system: You are a helpful assistant.
user:
Analyze the provided spectrum to determine if it is a **Carbon Star (C-type)**.

- **Key Visual Indicators of Carbon Star:**
    - **(Primary):** Strong molecular absorption from **C₂ (diatomic carbon) "Swan Bands."** This is the **defining feature** of a carbon star.
        - **(Key Bandheads):** Sharp absorption edges are visible at approximately $5635$ Å, $5165$ Å (the strongest band), and $4737$ Å.
        - **(Line Profile):** Creates a distinct **"saw-tooth"** pattern. The key morphology is a sharp, steep bandhead on the **red (long-wavelength) side**, which then gradually tapers off (i.e., flux recovers) towards the **blue (short-wavelength) side**. *(This is the direct opposite of the TiO bands seen in M-type stars)*.

    - **(Secondary):** Intense **CN (cyanogen)** molecular absorption bands.
        - **(Key Bandheads):** Located in the blue and violet regions of the spectrum (e.g., near $4215$ Å and $3883$ Å).
        - **(Morphology):** These bands are extremely broad and act as a "blanket," absorbing the vast majority of blue and violet light. This creates a characteristic **"cliff"** or **"steep drop-off"** in the spectrum's flux at short wavelengths.

    - **(Key Confirmation):** Strong **CH absorption band (G-band)**.
        - **(Key Bandhead):** Located around $4300$ Å. The contribution from CH molecules to this band is exceptionally strong.

    - **(Overall Spectrum):**
        - The continuum is severely "chopped up" by these deep molecular bands, especially C₂, rather than appearing as a smooth curve.
        - Due to the heavy CN and C₂ absorption in the blue-green, the vast majority of the star's flux is concentrated in the red part of the spectrum, giving the star its characteristic deep red color.

Think first, call **spectral_visualization_tool** if needed to examine features in detail, then provide your final answer. Your response must adhere to the following strict rules:
1.  **Overall Structure:** Your response must follow the format `<think>...</think> <tool_call>...</tool_call> (if a tool is used) <answer>...</answer>`.
2.  **Tool Usage Constraint:** You may only make **one** tool call per turn.
3.  **Final Answer Format:** In the `<answer>` tag, your conclusion must be inside a `\boxed{}` command (e.g., `\boxed{YES}`), followed by your justification.

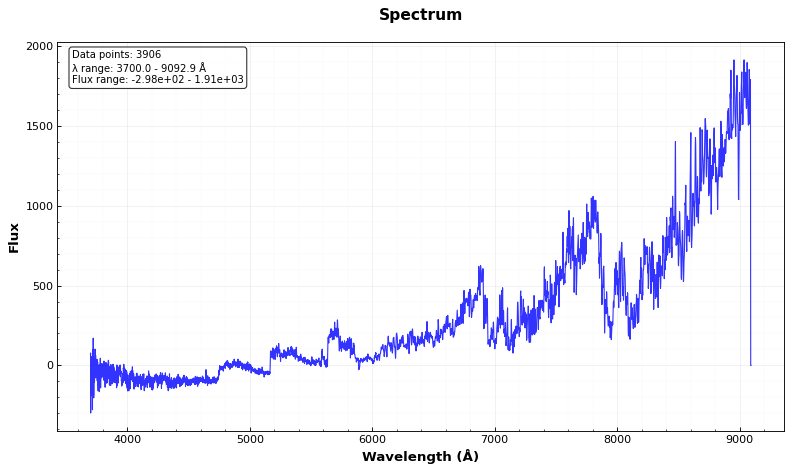
Answer: YES